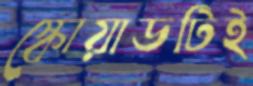
স্কোয়াডটিই